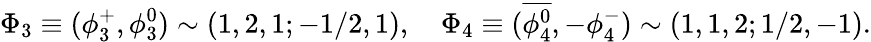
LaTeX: \Phi_{3}\equiv(\phi_{3}^{+},\phi_{3}^{0})\sim(1,2,1;-1/2,1),~~~~\Phi_{4}\equiv(\overline{{{\phi_{4}^{0}}}},-\phi_{4}^{-})\sim(1,1,2;1/2,-1).